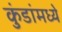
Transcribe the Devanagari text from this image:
कुंडांमध्ये